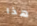
هذا